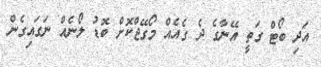
އަދި ބޯޓް ގަތީ އޭނާގެ ދެ ގެއެއް މޯގޭޖްކޮށް ބޮޑު ލޯނެއް ނަގައިގެން